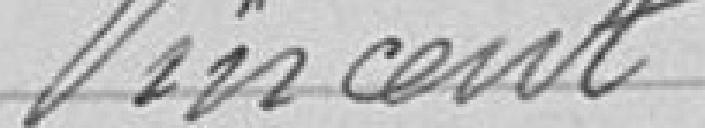
Vincent  "       200